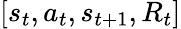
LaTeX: \left[{{s_{t}},{a_{t}},{s_{t+1}},{R_{t}}}\right]